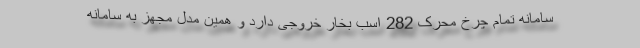
سامانه تمام چرخ محرک 282 اسب بخار خروجی دارد و همین مدل مجهز به سامانه